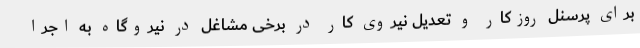
برای پرسنل روزکار و تعدیل نیروی کار در برخی مشاغل در نیروگاه به اجرا